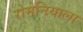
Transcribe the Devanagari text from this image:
रोमेनियाला